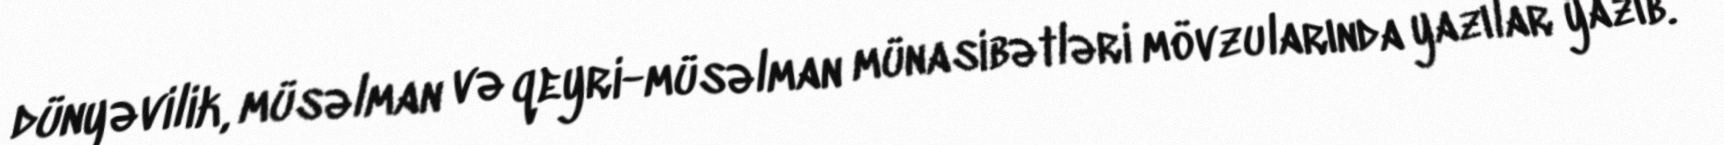
dünyəvilik, müsəlman və qeyri-müsəlman münasibətləri mövzularında yazılar yazıb.